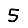
Digit: 5